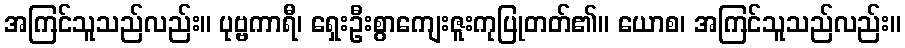
အကြင်သူသည်လည်း။ ပုဗ္ဗကာရီ၊ ရှေးဦးစွာကျေးဇူးကုပြုတတ်၏။ ယောစ၊ အကြင်သူသည်လည်း။